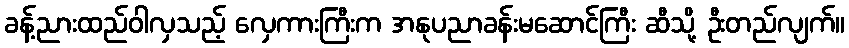
ခန့်ညားထည်ဝါလှသည့် လှေကားကြီးက အနုပညာခန်းမဆောင်ကြီး ဆီသို့ ဦးတည်လျက်။